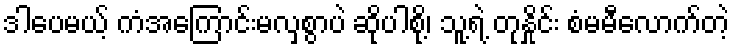
ဒါပေမယ့် ကံအကြောင်းမလှစွာပဲ ဆိုပါစို့၊ သူ့ရဲ့ တုနှိုင်း စံမမီလောက်တဲ့